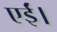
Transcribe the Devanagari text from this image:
एईं।